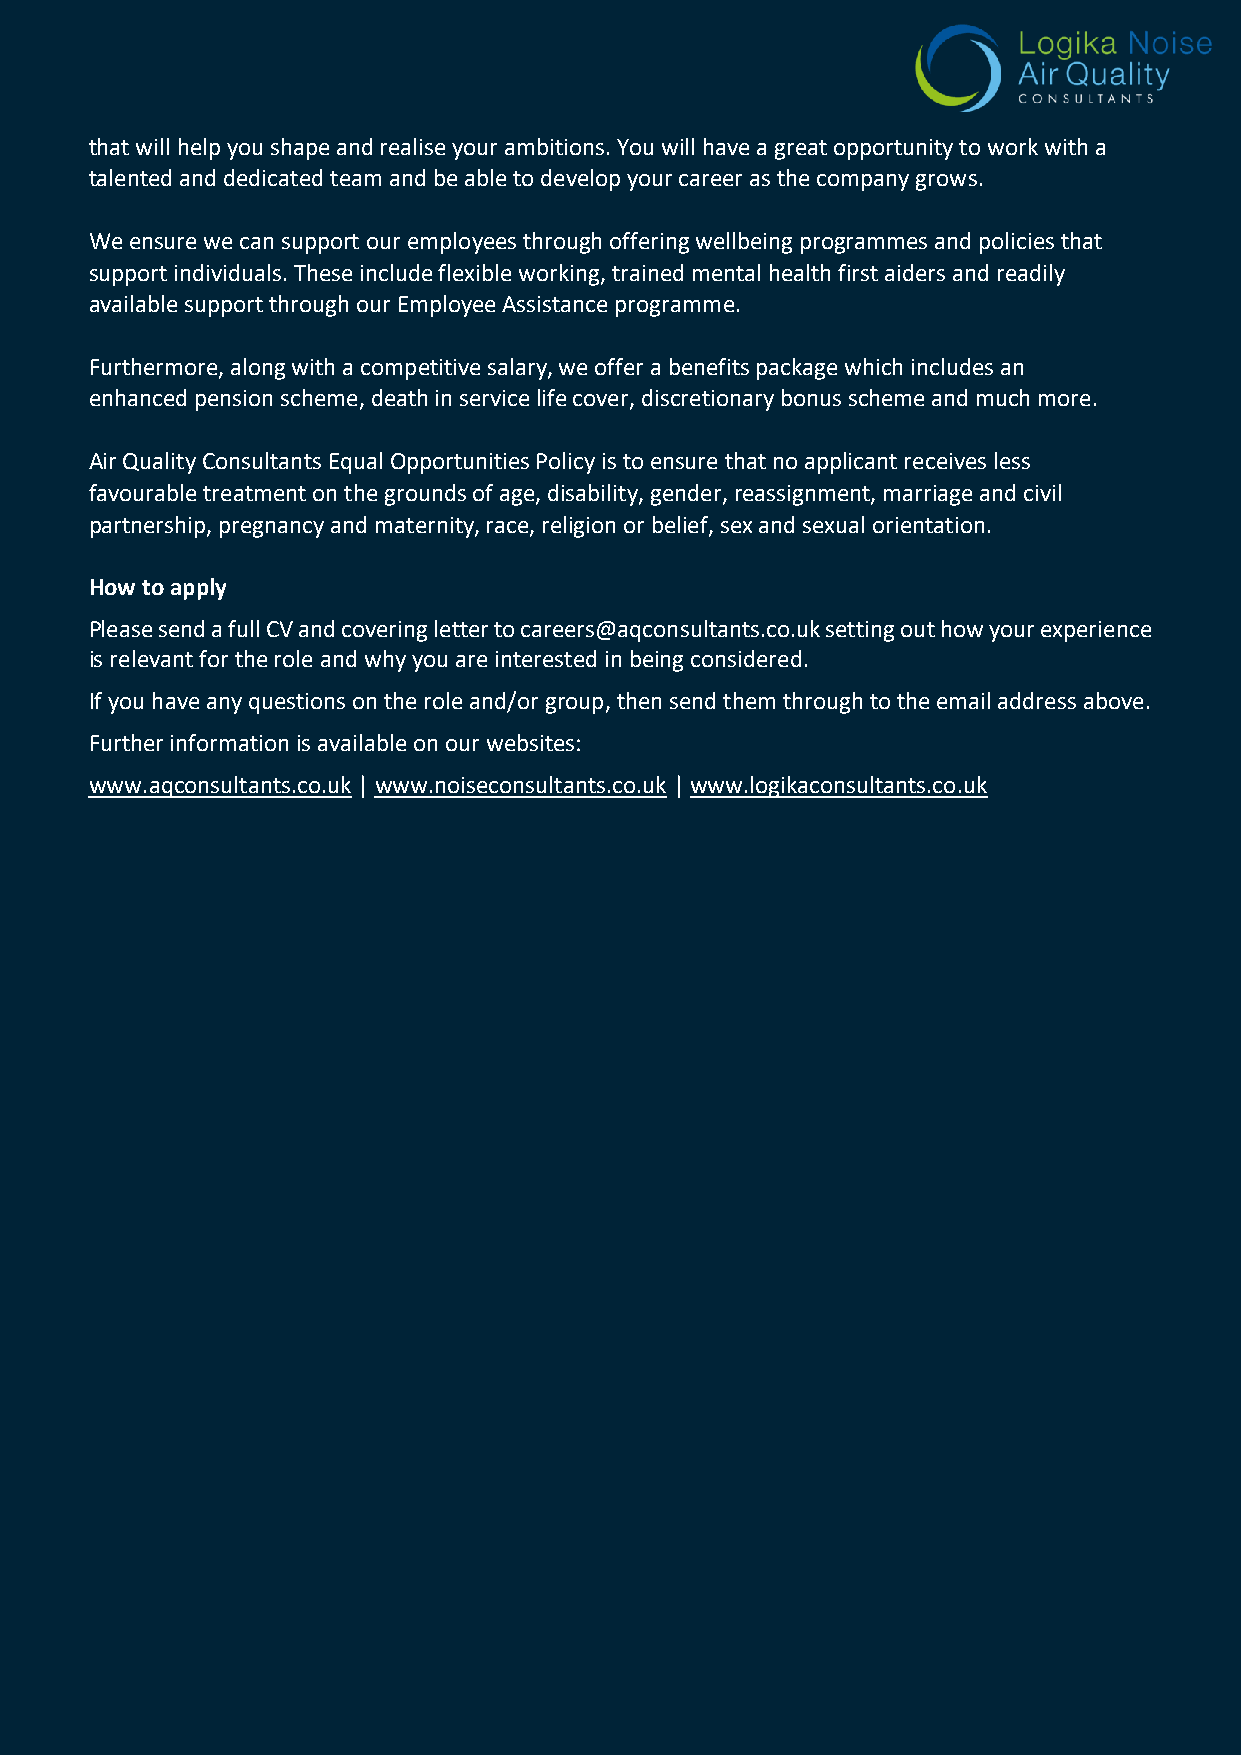
that will help you shape and realise your ambitions. You will have a great opportunity to work with a
 talented and dedicated team and be able to develop your career as the company grows.
 We ensure we can support our employees through offering wellbeing programmes and policies that
 support individuals. These include flexible working, trained mental health first aiders and readily
 available support through our Employee Assistance programme.
 Furthermore, along with a competitive salary, we offer a benefits package which includes an
 enhanced pension scheme, death in service life cover, discretionary bonus scheme and much more.
 Air Quality Consultants Equal Opportunities Policy is to ensure that no applicant receives less
 favourable treatment on the grounds of age, disability, gender, reassignment, marriage and civil
 partnership, pregnancy and maternity, race, religion or belief, sex and sexual orientation.
 How to apply
 Please send a full CV and covering letter to careers@aqconsultants.co.uk setting out how your experience
 is relevant for the role and why you are interested in being considered.
 If you have any questions on the role and/or group, then send them through to the email address above.
 Further information is available on our websites:
 www.aqconsultants.co.uk | www.noiseconsultants.co.uk | www.logikaconsultants.co.uk